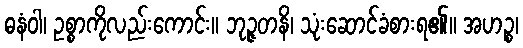
ဓနံဝါ၊ ဥစ္စာကိုလည်းကောင်း။ ဘုဉ္ဇတနိ၊ သုံးဆောင်ခံစားရ၏။ အဟဉ္စ၊